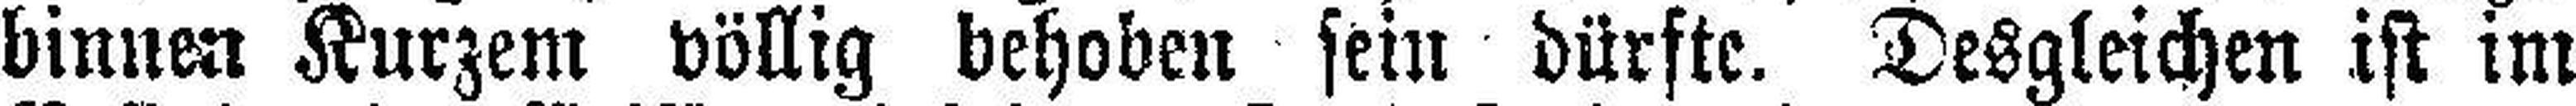
binnen Kurzem völlig behoben sein dürfte. Desgleichen ist im